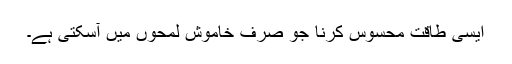
ایسی طاقت محسوس کرنا جو صرف خاموش لمحوں میں آسکتی ہے۔